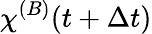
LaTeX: {\chi\smash[t]{\mathstrut}}^{(B)}(t+\Delta t)